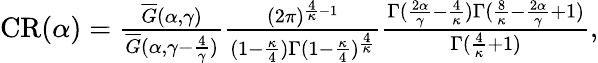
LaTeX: \begin{array}{r}{\mathrm{{CR}}(\alpha)=\frac{\overline{G}(\alpha,\gamma)}{\overline{G}(\alpha,\gamma-\frac{4}{\gamma})}\frac{(2\pi)^{\frac{4}{\kappa}-1}}{(1-\frac{\kappa}{4})\Gamma(1-\frac{\kappa}{4})^{\frac{4}{\kappa}}}\frac{\Gamma(\frac{2\alpha}{\gamma}-\frac{4}{\kappa})\Gamma(\frac{8}{\kappa}-\frac{2\alpha}{\gamma}+1)}{\Gamma(\frac{4}{\kappa}+1)},}\end{array}